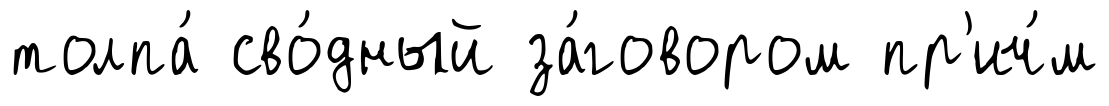
толпа́ сво́дный за́говором пр'ич́м